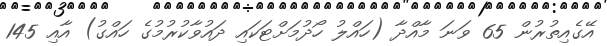
އޭގެއިތުރުން 65 ވަނަ މާއްދާ (ހައްލު ހޯދުމަށްޓަކައި ދައުވާކުރުމުގެ ހައްގު) އާއި 145